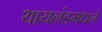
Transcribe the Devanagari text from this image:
थायलंडमधले